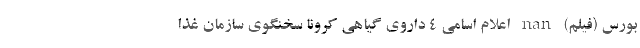
بورس (فیلم) nan اعلام اسامی ۴ داروی گیاهی کرونا سخنگوی سازمان غذا